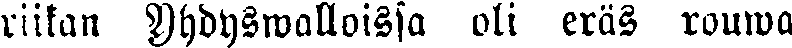
riikan Yhdyswalloissa oli eräs rouwa